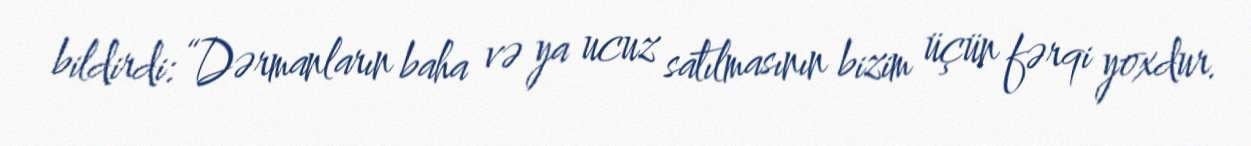
bildirdi: “Dərmanların baha və ya ucuz satılmasının bizim üçün fərqi yoxdur.